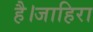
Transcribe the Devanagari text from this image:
है।जाहिरा